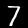
Digit: 7